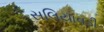
સલિયાવડી